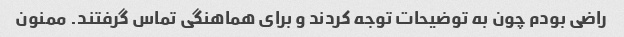
راضی بودم چون به توضیحات توجه کردند و برای هماهنگی تماس گرفتند. ممنون